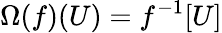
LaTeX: \Omega(f)(U)=f^{-1}[U]